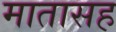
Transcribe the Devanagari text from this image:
मातासह